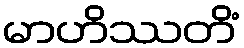
မာဟိဿတိံ